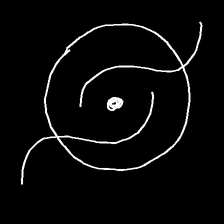
Glyph: repetition